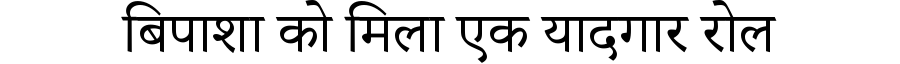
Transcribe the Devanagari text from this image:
बिपाशा को मिला एक यादगार रोल